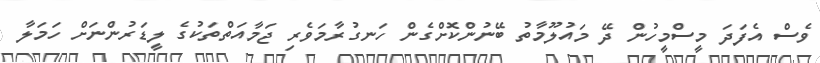
ވެސް އެފަދަ މީސްމީހުން ދޭ މައުލޫމާތު ބޭނުންކޮށްގެން ހަނގުރާމަވެރި ޖަމާއަތްތަކުގެ ލީޑަރުންނަށް ހަމަލާ